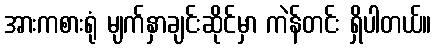
အားကစားရုံ မျက်နှာချင်းဆိုင်မှာ ကဲန်တင်း ရှိပါတယ်။